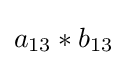
a_{13}*b_{13}